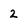
Character: 2